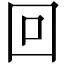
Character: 回